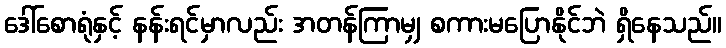
ဒေါ်စောရုံနှင့် နန်းရင်မှာလည်း အတန်ကြာမျှ စကားမပြောနိုင်ဘဲ ရှိနေသည်။